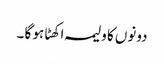
دونوں کا ولیمہ اکھٹا ہو گا ۔